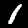
Label: 1